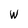
Character: W